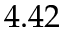
4 . 4 2